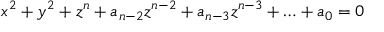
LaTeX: x ^ { 2 } + y ^ { 2 } + z ^ { n } + a _ { n - 2 } z ^ { n - 2 } + a _ { n - 3 } z ^ { n - 3 } + \ldots + a _ { 0 } = 0